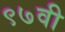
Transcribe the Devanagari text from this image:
९७वी